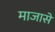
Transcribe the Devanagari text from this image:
माजासे